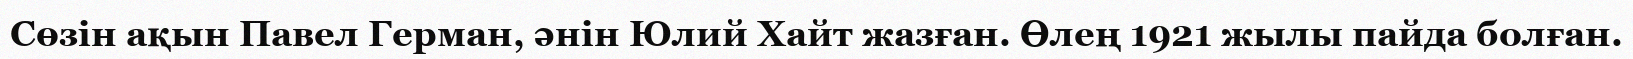
Сөзін ақын Павел Герман, әнін Юлий Хайт жазған. Өлең 1921 жылы пайда болған.